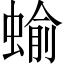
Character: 蝓